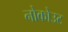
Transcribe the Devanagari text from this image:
नोकोउट